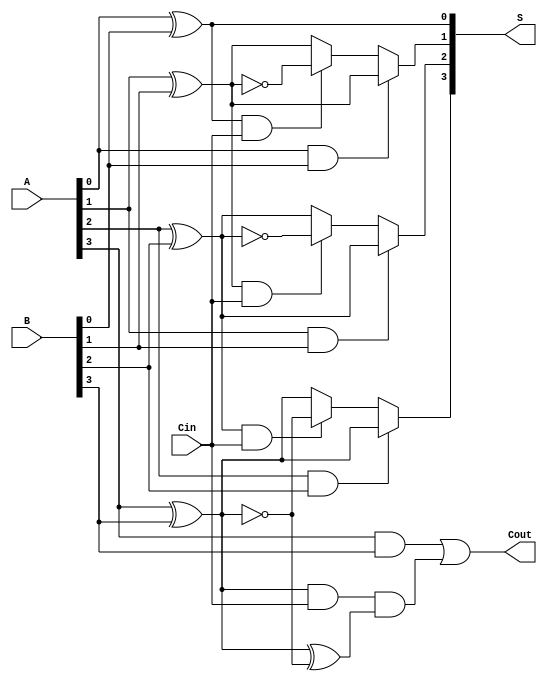
module ConditionalSumAdder #(parameter N = 4) (
    input  [N-1:0] A,      // First n-bit input
    input  [N-1:0] B,      // Second n-bit input
    input         Cin,      // Carry-in
    output [N-1:0] S,      // Sum output
    output        Cout      // Carry-out
);
    wire [N-1:0] S0, S1;   // Partial sums
    wire [N-1:0] C0, C1;   // Carry signals

    // Generate partial sums S0 and S1
    genvar i;
    generate
        for (i = 0; i < N; i = i + 1) begin : sum_generation
            assign S0[i] = A[i] ^ B[i];          // S0[i] = A[i]  B[i]  0
            assign S1[i] = A[i] ^ B[i] ^ 1'b1;   // S1[i] = A[i]  B[i]  1
        end
    endgenerate

    // Generate carry signals C0 and C1
    generate
        for (i = 0; i < N; i = i + 1) begin : carry_generation
            assign C0[i] = A[i] & B[i];                   // C0[i] = A[i] & B[i]
            assign C1[i] = (A[i] ^ B[i]) & Cin;           // C1[i] = (A[i]  B[i]) & Cin
        end
    endgenerate

    // Select the final sum bits based on carry signals
    generate
        for (i = 0; i < N; i = i + 1) begin : sum_selection
            if (i == 0) begin
                assign S[i] = S0[i]; // For the least significant bit, we can directly assign S0[0]
            end else begin
                assign S[i] = (C0[i-1]) ? S0[i] : (C1[i-1] ? S1[i] : S0[i]);
            end
        end
    endgenerate

    // Final carry-out
    assign Cout = C0[N-1] | (C1[N-1] & (S0[N-1] ^ S1[N-1]));

endmodule